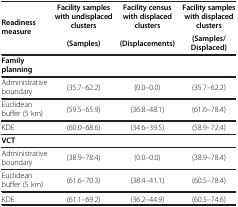
<table><thead><tr><td><b>Readiness measure</b></td><td><b>Facility samples with undisplaced clusters</b></td><td><b>Facility census with displaced clusters</b></td><td><b>Facility samples with displaced clusters</b></td></tr><tr><td><b> </b></td><td><b>(Samples)</b></td><td><b>(Displacements)</b></td><td><b>(Samples/Displaced)</b></td></tr></thead><tbody><tr><td><b>Family planning</b></td><td colspan="3"> </td></tr><tr><td>Administrative boundary</td><td>(35.7–62.2)</td><td>(0.0–0.0)</td><td>(35.7–62.2)</td></tr><tr><td>Euclidean buffer (5 km)</td><td>(59.5–65.9)</td><td>(36.8–48.1)</td><td>(61.6–78.4)</td></tr><tr><td>KDE</td><td>(60.0–68.6)</td><td>(34.6–39.5)</td><td>(58.9–72.4)</td></tr><tr><td><b>VCT</b></td><td> </td><td> </td><td> </td></tr><tr><td>Administrative boundary</td><td>(38.9–78.4)</td><td>(0.0–0.0)</td><td>(38.9–78.4)</td></tr><tr><td>Euclidean buffer (5 km)</td><td>(61.6–70.3)</td><td>(38.4–41.1)</td><td>(60.5–78.4)</td></tr><tr><td>KDE</td><td>(61.1–69.2)</td><td>(36.2–44.9)</td><td>(60.5–74.6)</td></tr></tbody></table>